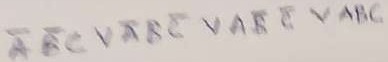
Text: ABCVABCVABCVABC